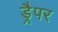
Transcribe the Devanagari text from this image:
ड्रैपर